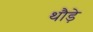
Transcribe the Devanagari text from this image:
थौड़े